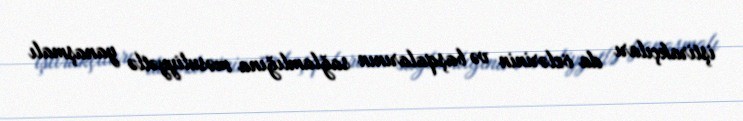
iştirakçıları da özlərinin və başqalarının sağlamlığına məsuliyyətlə yanaşmalı